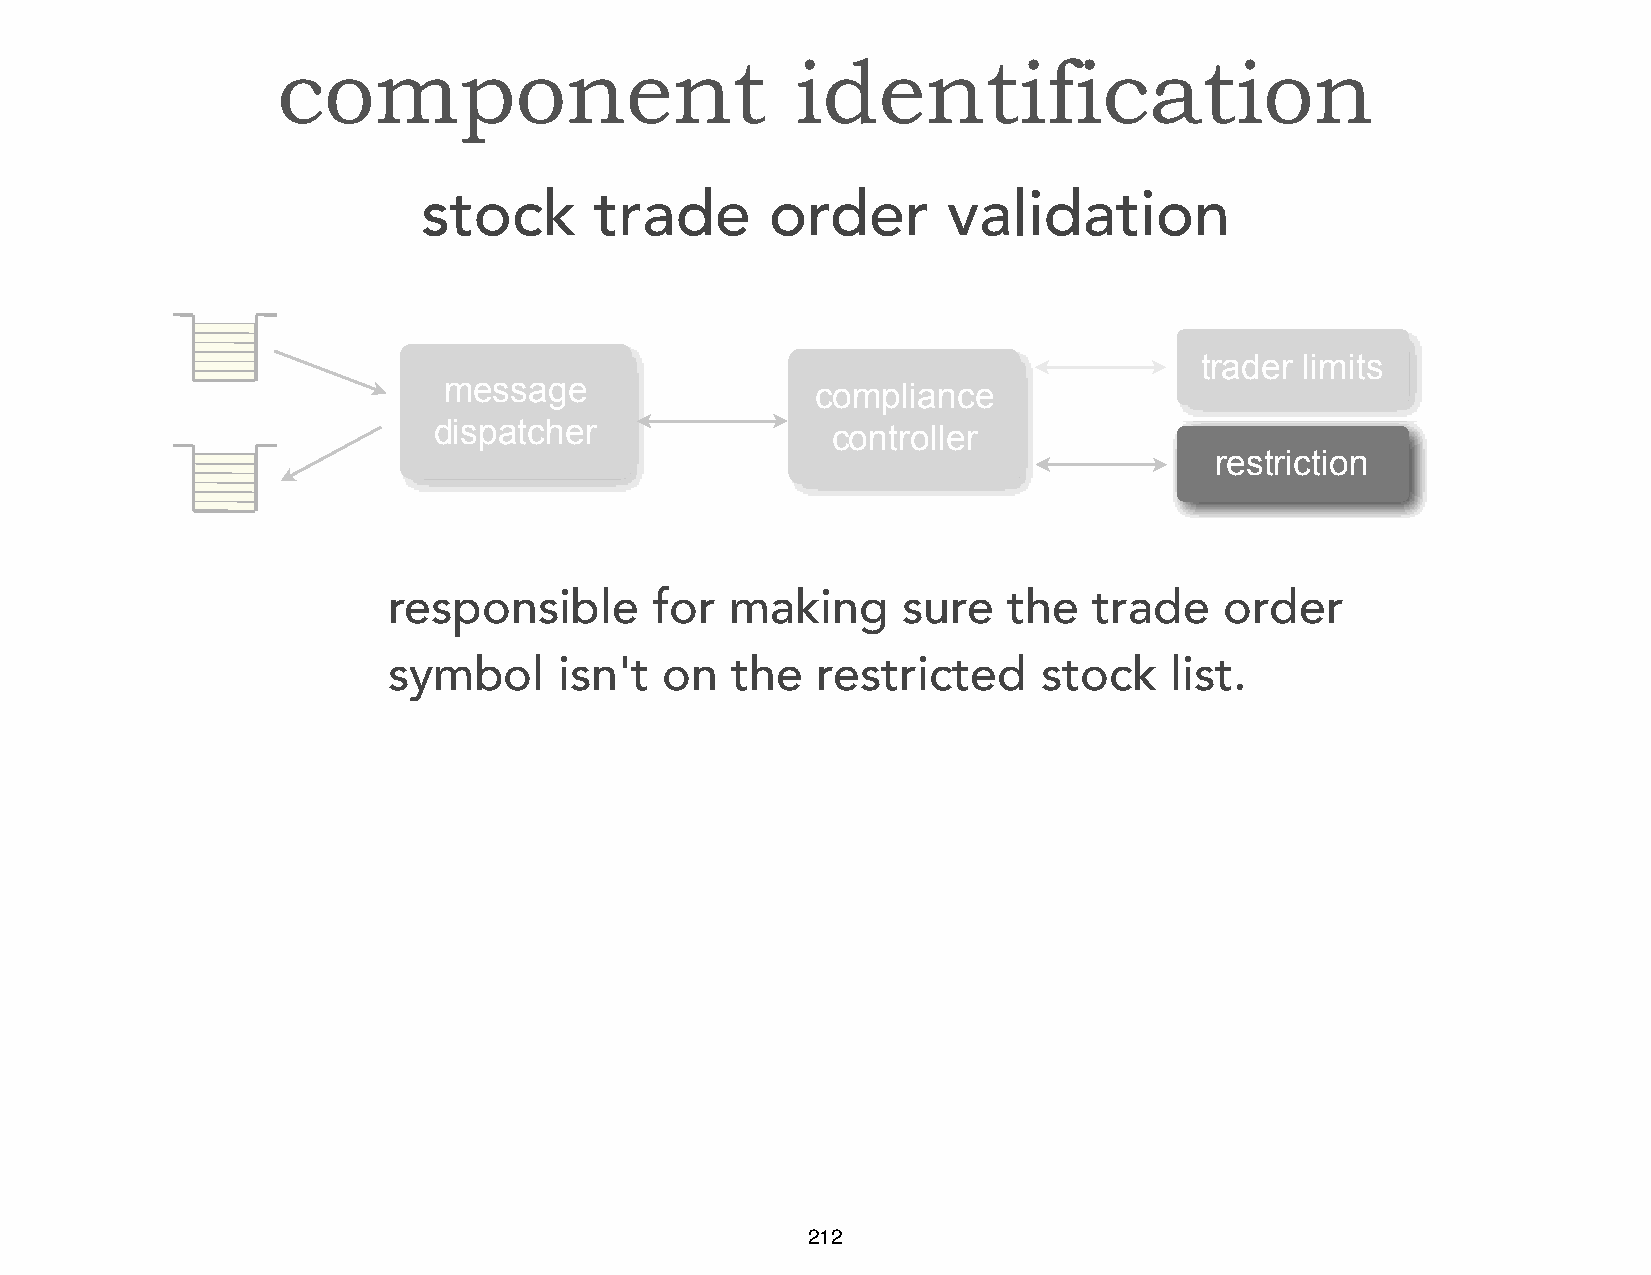
Message     Structure
 component                          identification
 stock      trade       order       validation
 trader limits
 message                  compliance
 dispatcher                controller
 restriction
 responsible      for  making      sure   the  trade    order
 symbol     isn't  on  the   restricted     stock   list.
 212